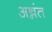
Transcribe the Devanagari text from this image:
अन्नंत